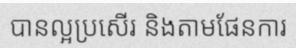
បានល្អប្រសើរ និងតាមផែនការ